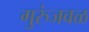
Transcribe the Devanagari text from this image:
गुरुंजवळ